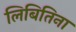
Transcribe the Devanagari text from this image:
लिबितिना